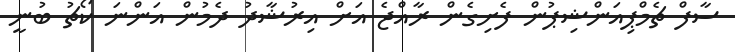
ސާފް ޗެމްޕިއަންޝިޕުން ފެށިގެން ރާއްޖެ އަށް އިރުޝާދު ދެމުން އަންނަ ކޯޗު ބުނީ